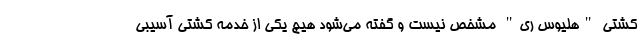
کشتی "هلیوس ری" مشخص نیست و گفته می‌شود هیچ یکی از خدمه کشتی آسیبی